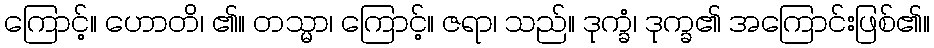
ကြောင့်။ ဟောတိ၊ ၏။ တသ္မာ၊ ကြောင့်။ ဇရာ၊ သည်။ ဒုက္ခံ၊ ဒုက္ခ၏ အကြောင်းဖြစ်၏။